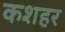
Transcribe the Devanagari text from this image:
कशहर